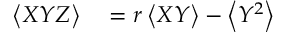
\begin{array} { r l } { \left< X Y Z \right> } & { { } = r \left< X Y \right> - \left< Y ^ { 2 } \right> } \end{array}